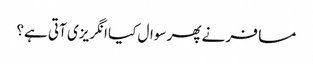
مسافر نے پھر سوال کیا انگریزی آتی ہے؟